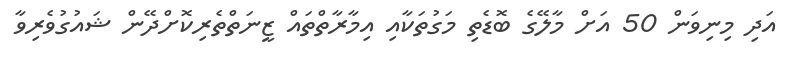
އަދި މިނިވަން 50 އަށް މާލޭގެ ބޮޑެތި މަގުތަކާއި އިމާރާތްތައް ޒީނަތްތެރިކޮށްދޭން ޝައުގުވެރިވާ